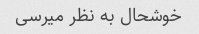
خوشحال به نظر میرسی